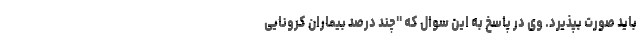
باید صورت بپذیرد. وی در پاسخ به این سوال که "چند درصد بیماران کرونایی